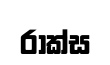
රාක්ස